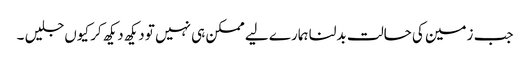
جب زمین کی حالت بدلنا ہمارے لیے ممکن ہی نہیں تو دیکھ دیکھ کر کیوں جلیں ۔